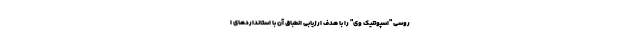
روسی "اسپوتنیک وی" را با هدف ارزیابی انطباق آن با استاندارد‌های ا